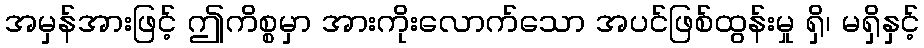
အမှန်အားဖြင့် ဤကိစ္စမှာ အားကိုးလောက်သော အပင်ဖြစ်ထွန်းမှု ရှိ၊ မရှိနှင့်